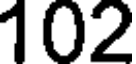
102